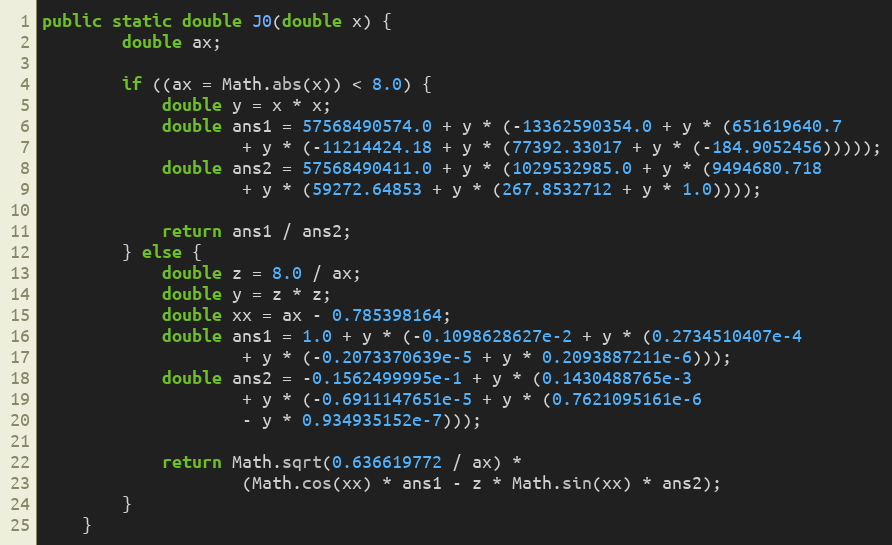
Language: Java
public static double J0(double x) {
        double ax;

        if ((ax = Math.abs(x)) < 8.0) {
            double y = x * x;
            double ans1 = 57568490574.0 + y * (-13362590354.0 + y * (651619640.7
                    + y * (-11214424.18 + y * (77392.33017 + y * (-184.9052456)))));
            double ans2 = 57568490411.0 + y * (1029532985.0 + y * (9494680.718
                    + y * (59272.64853 + y * (267.8532712 + y * 1.0))));

            return ans1 / ans2;
        } else {
            double z = 8.0 / ax;
            double y = z * z;
            double xx = ax - 0.785398164;
            double ans1 = 1.0 + y * (-0.1098628627e-2 + y * (0.2734510407e-4
                    + y * (-0.2073370639e-5 + y * 0.2093887211e-6)));
            double ans2 = -0.1562499995e-1 + y * (0.1430488765e-3
                    + y * (-0.6911147651e-5 + y * (0.7621095161e-6
                    - y * 0.934935152e-7)));

            return Math.sqrt(0.636619772 / ax) *
                    (Math.cos(xx) * ans1 - z * Math.sin(xx) * ans2);
        }
    }